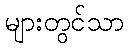
များတွင်သာ